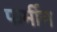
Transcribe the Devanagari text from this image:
फर्मीय